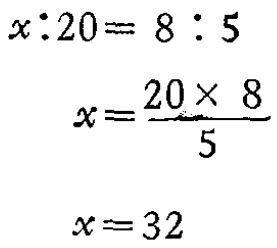
\[

\begin{align*}

x:20&= 8:5\\

x&=\frac{20\times 8}{5}\\

x&=32

\end{align*}

\]